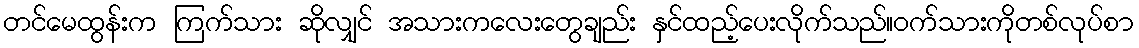
တင်မေထွန်းက ကြက်သား ဆိုလျှင် အသားကလေးတွေချည်း နှင်ထည့်ပေးလိုက်သည်။ဝက်သားကိုတစ်လုပ်စာ